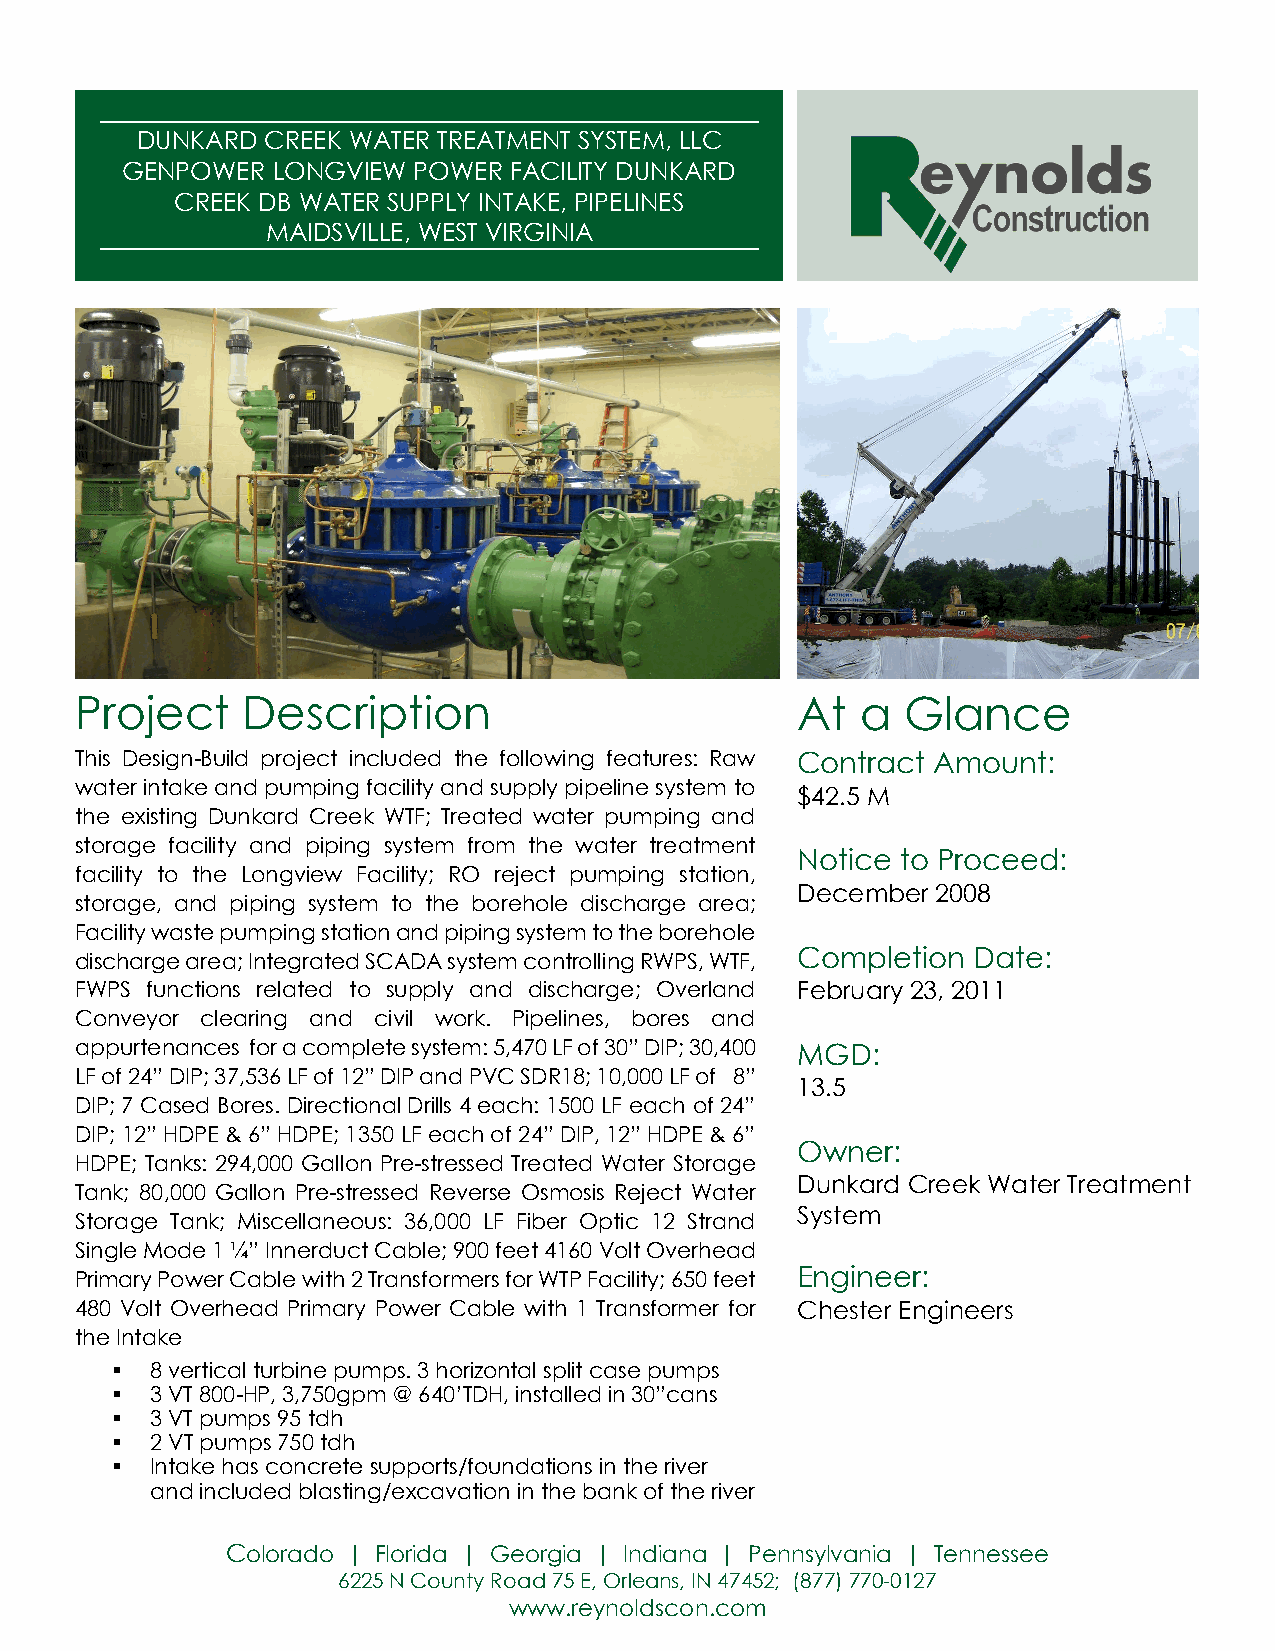
DUNKARD CREEK WATER TREATMENT SYSTEM, LLC
 GENPOWER  LONGVIEW POWER  FACILITY DUNKARD
 CREEK DB WATER SUPPLY INTAKE, PIPELINES
 MAIDSVILLE, WEST VIRGINIA
 Project    Description                          At  a  Glance
 This Design-Build project included the following features: Raw Contract Amount:
 water intake and pumping facility and supply pipeline system to
 $42.5 M
 the existing Dunkard Creek WTF; Treated water pumping and
 storage facility and piping system from the water treatment
 Notice to Proceed:
 facility to the Longview Facility; RO reject pumping station,
 December 2008
 storage, and piping system to the borehole discharge area;
 Facility waste pumping station and piping system to the borehole
 discharge area; Integrated SCADA system controlling RWPS, WTF, Completion Date:
 FWPS functions related to supply and discharge; Overland February 23, 2011
 Conveyor clearing and civil work. Pipelines, bores and
 appurtenances for a complete system: 5,470 LF of 30” DIP; 30,400 MGD:
 LF of 24” DIP; 37,536 LF of 12” DIP and PVC SDR18; 10,000 LF of 8”
 13.5
 DIP; 7 Cased Bores. Directional Drills 4 each: 1500 LF each of 24”
 DIP; 12” HDPE & 6” HDPE; 1350 LF each of 24” DIP, 12” HDPE & 6”
 Owner:
 HDPE; Tanks: 294,000 Gallon Pre-stressed Treated Water Storage
 Dunkard Creek Water Treatment
 Tank; 80,000 Gallon Pre-stressed Reverse Osmosis Reject Water
 System
 Storage Tank; Miscellaneous: 36,000 LF Fiber Optic 12 Strand
 Single Mode 1 ¼” Innerduct Cable; 900 feet 4160 Volt Overhead
 Primary Power Cable with 2 Transformers for WTP Facility; 650 feet Engineer:
 480 Volt Overhead Primary Power Cable with 1 Transformer for Chester Engineers
 the Intake
   8 vertical turbine pumps. 3 horizontal split case pumps
   3 VT 800-HP, 3,750gpm @ 640’TDH, installed in 30”cans
   3 VT pumps 95 tdh
   2 VT pumps 750 tdh
   Intake has concrete supports/foundations in the river
 and included blasting/excavation in the bank of the river
 Colorado | Florida | Georgia | Indiana | Pennsylvania | Tennessee
 6225 N County Road 75 E, Orleans, IN 47452; (877) 770-0127
 www.reynoldscon.com